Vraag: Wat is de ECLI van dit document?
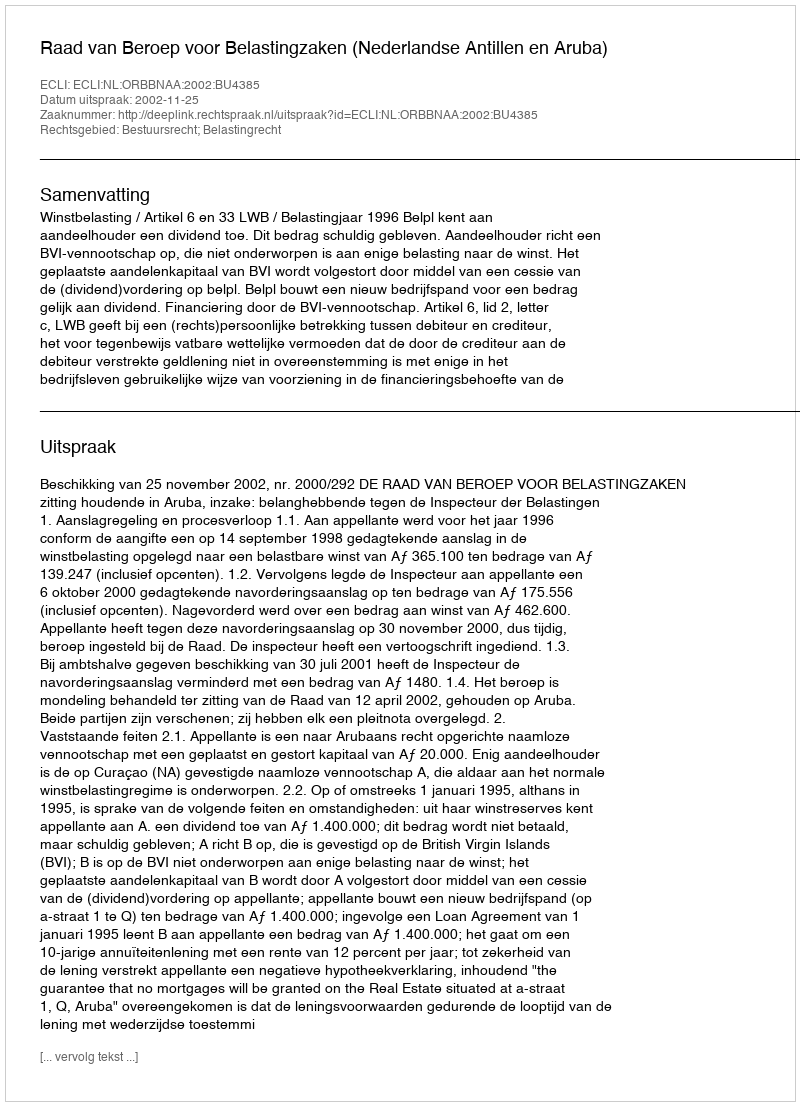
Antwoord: ECLI:NL:ORBBNAA:2002:BU4385